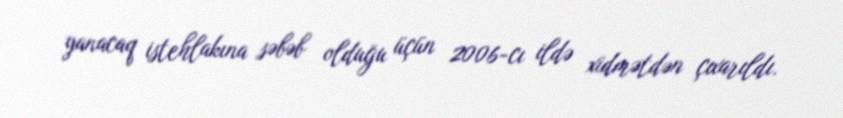
yanacaq istehlakına səbəb olduğu üçün 2006-cı ildə xidmətdən çıxarıldı.